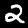
Digit: 2